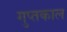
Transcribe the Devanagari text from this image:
गुप्‍तकाल